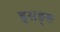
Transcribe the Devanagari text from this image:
इसङ्ङ